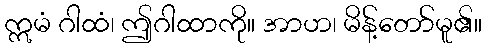
ဣမံ ဂါထံ၊ ဤဂါထာကို။ အာဟ၊ မိန့်တော်မူ၏။